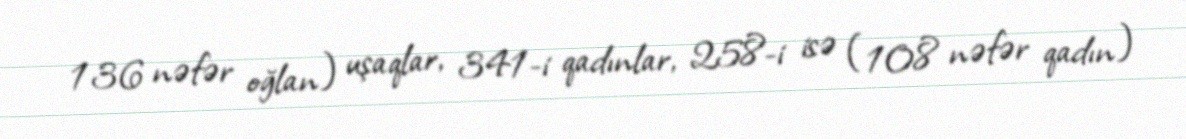
136 nəfər oğlan) uşaqlar, 341-i qadınlar, 258-i isə (108 nəfər qadın)